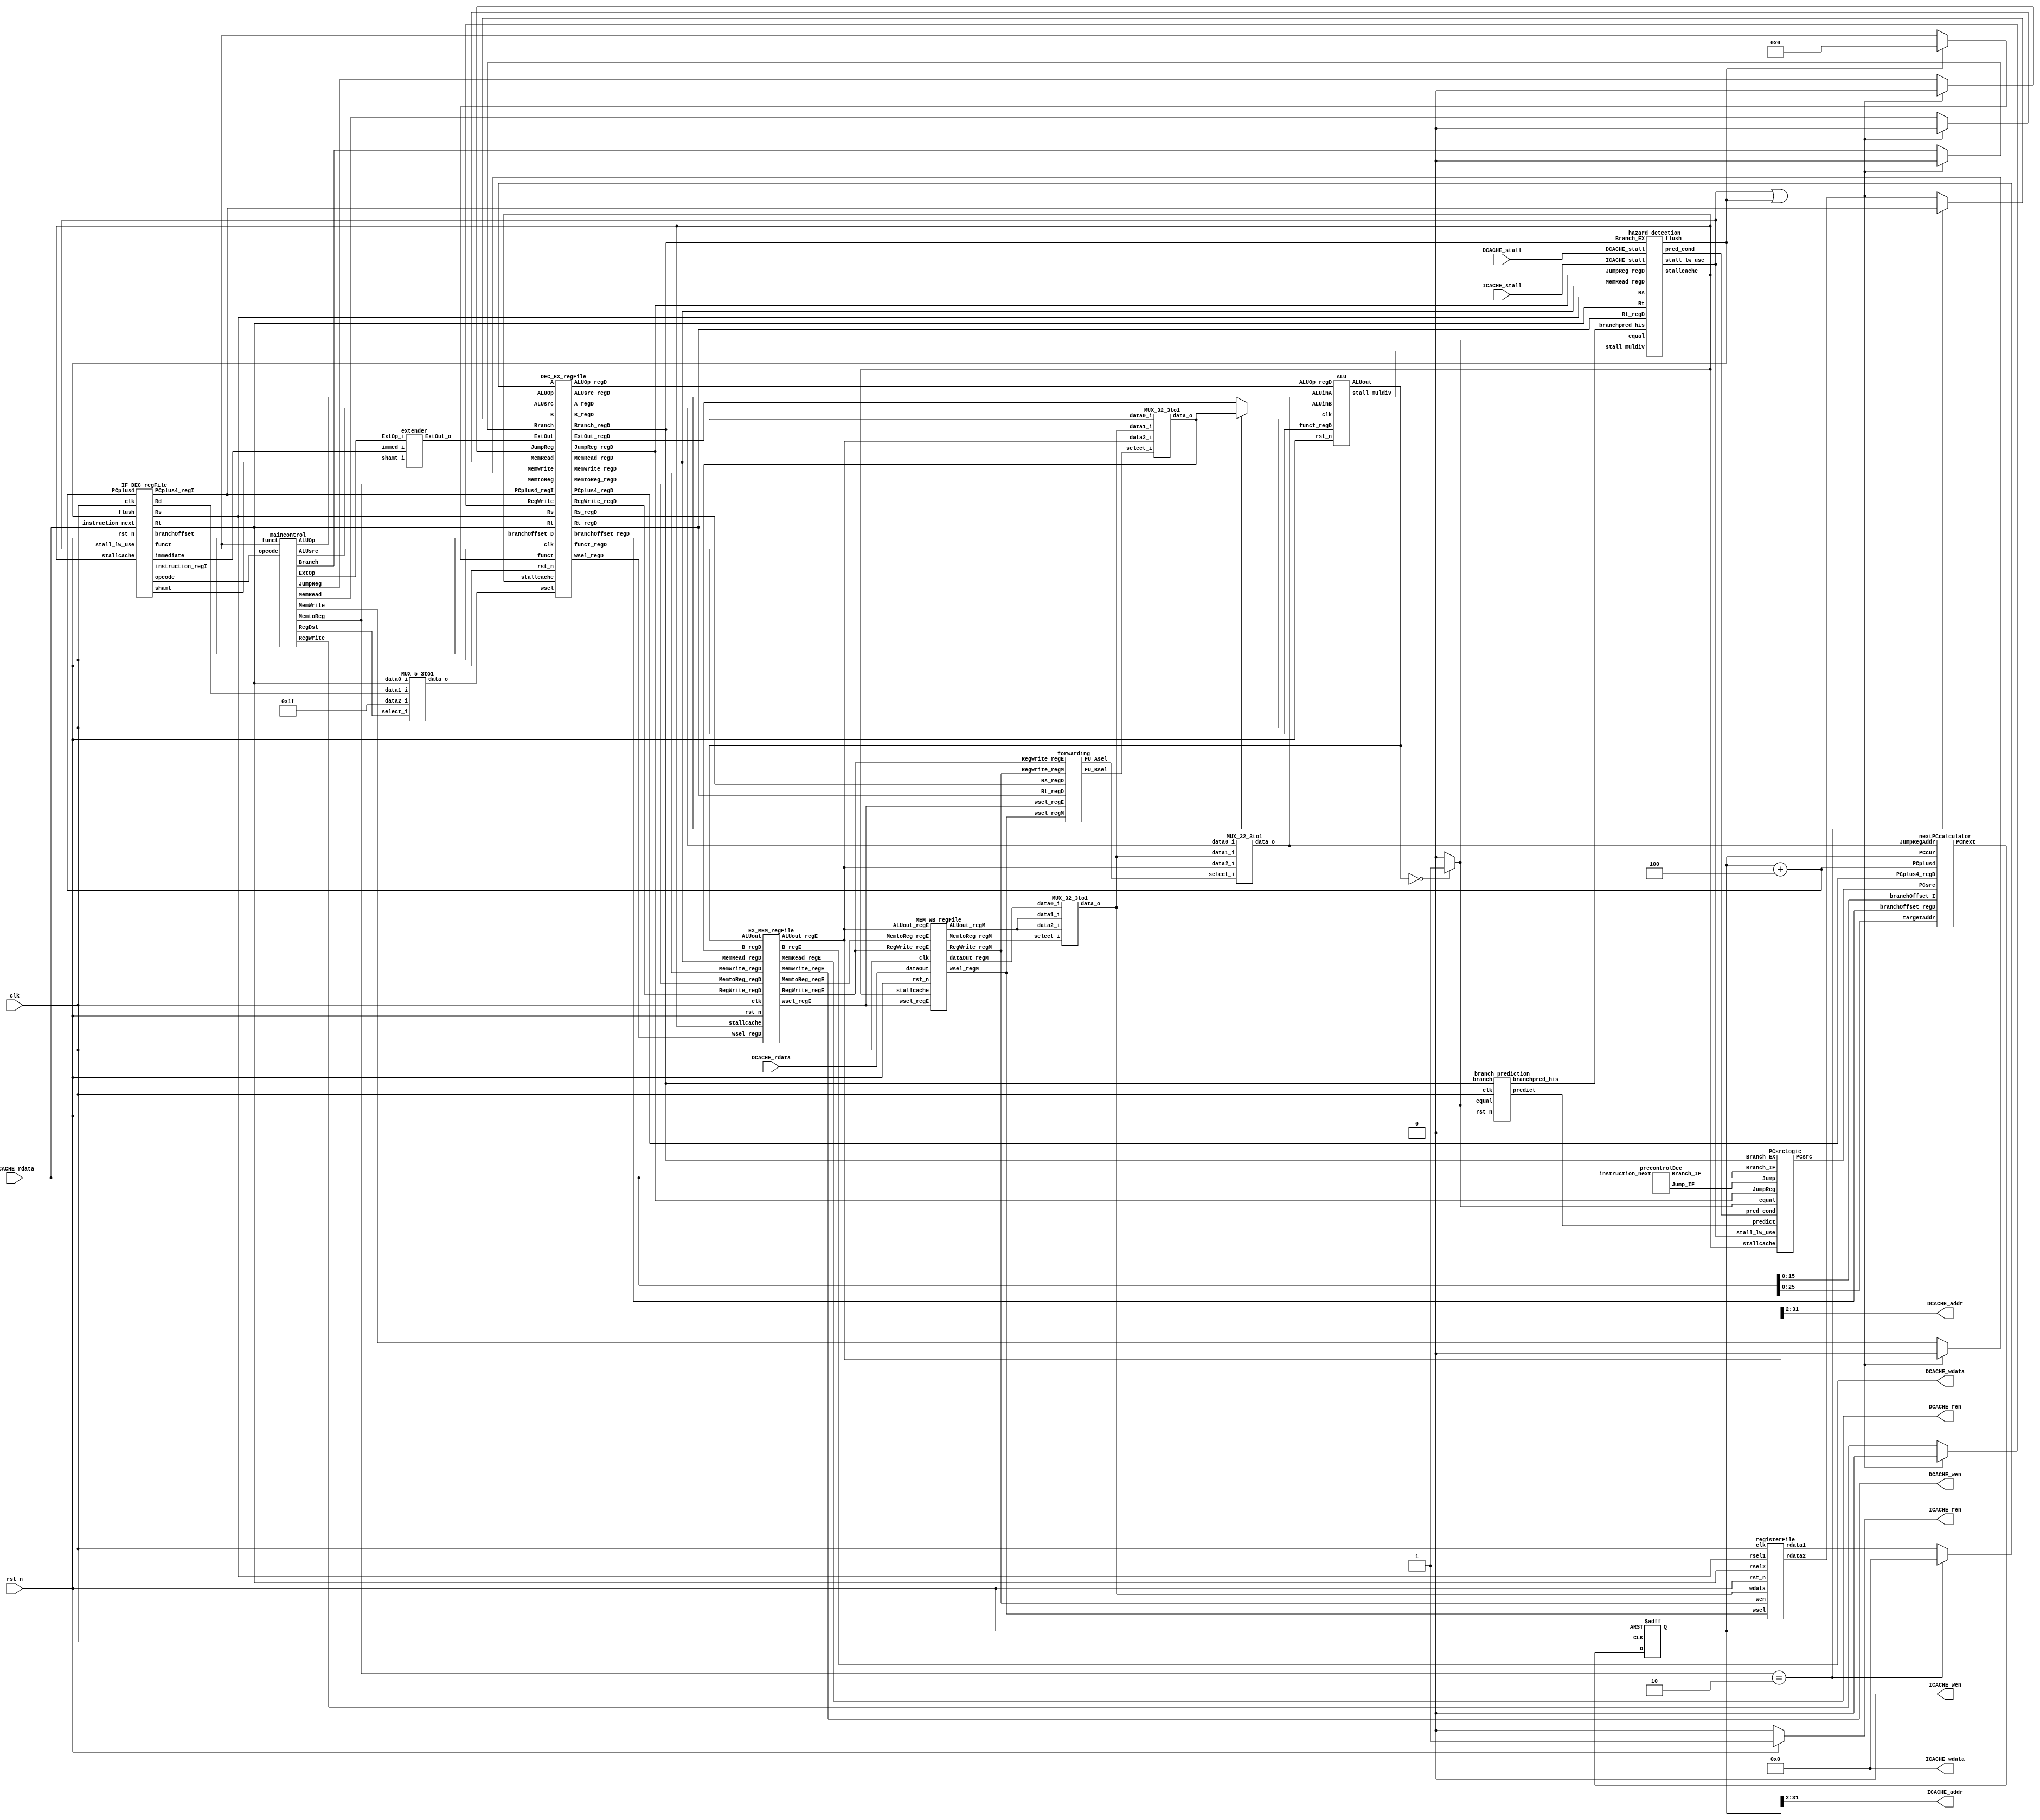
module MIPS_Pipeline(
    // control interface
    clk,
    rst_n,
//----------I cache interface-------
    ICACHE_ren,
    ICACHE_wen,
    ICACHE_addr,
    ICACHE_wdata,
    ICACHE_stall,
    ICACHE_rdata,
//----------D cache interface-------
    DCACHE_ren,
    DCACHE_wen,
    DCACHE_addr,
    DCACHE_wdata,
    DCACHE_stall,
    DCACHE_rdata
);

//==== input/output definition ============================
    input clk, rst_n;

    // I-cache interface
    input  [31:0] ICACHE_rdata;
    input         ICACHE_stall;
    output        ICACHE_wen;
    output        ICACHE_ren;
    output [29:0] ICACHE_addr;
    output [31:0] ICACHE_wdata;

    // D-cache interface
    input  [31:0] DCACHE_rdata;
    input         DCACHE_stall;
    output        DCACHE_wen;
    output        DCACHE_ren;
    output [29:0] DCACHE_addr;
    output [31:0] DCACHE_wdata;

//==== wire/reg definition ================================
    // PC part
    wire   [31:0] PCplus4;
    wire   [31:0] PCnext;
    wire   [31:0] PCcur;
    reg    [31:0] PCreg;
    wire    [2:0] PCsrc;

    // IF_DEC_regFile
    wire   [31:0] instruction_next;
    wire   [31:0] PCplus4_regI;
        // instruction decode
    wire    [4:0] Rs, Rt, Rd, shamt;
    wire    [5:0] opcode, funct;
    wire   [15:0] branchOffset_D;
    wire   [15:0] immediate;
    wire   [31:0] instruction_regI;
    wire    [5:0] funct_m;

    // DEC_EX_regFile
    wire          ALUsrc_regD;
    wire          MemWrite_regD, MemRead_regD, RegWrite_regD, JumpReg_regD;
    wire          Branch_regD;
    wire    [1:0] MemtoReg_regD;
    wire    [5:0] ALUOp_regD;
    wire    [4:0] Rs_regD, Rt_regD, wsel_regD;
    wire    [5:0] funct_regD;
    wire   [31:0] A_regD, B_regD, ExtOut_regD;
    wire   [31:0] PCplus4_regD;
    wire   [15:0] branchOffset_regD;

    // EX_MEM_regFile
    wire          RegWrite_regE, MemRead_regE, MemWrite_regE;
    wire    [1:0] MemtoReg_regE;
    wire    [4:0] wsel_regE;
    wire   [31:0] ALUout_regE, B_regE;

    // MEM_WB_regFile
    wire          RegWrite_regM;
    wire    [1:0] MemtoReg_regM;
    wire    [4:0] wsel_regM;
    wire   [31:0] ALUout_regM, dataOut_regM;

    // Control
    // although MemtoReg, ALUOp and ALUsrc will pass to next stahe,
    // it won't influence data in cache. => no need to insert 0
    wire    [1:0] RegDst, MemtoReg;
    wire    [5:0] ALUOp;
    wire          ExtOp, ALUsrc;
    wire          Branch_DEC, Branch_DEC_m, JumpReg, JumpReg_m;
    wire          MemRead, MemRead_m, MemWrite, MemWrite_m, RegWrite, RegWrite_m;

    // registerFile
    wire   [31:0] REG_A, REG_B;
    wire   [31:0] A, B;
    wire   [31:0] WriteData;    // from the MUX_wdata

    wire    [4:0] wsel; // write target register @ wsel_MUX

    // extender
    wire   [31:0] ExtOut;

    // ALU & ALUcontrol unit
    wire   [31:0] A_f, B_f; //use ALU to do 0 + PCplus4
    wire    [3:0] ALUctrl;  //from ALUcontrol unit
    wire   [31:0] ALUinA, ALUinB, tempALUinB;
    wire   [31:0] ALUout;

    // forwarding unit
    wire    [1:0] FU_Asel, FU_Bsel;

    // hazard_detection
    wire          stall_lw_use, stallcache;
    wire          flush;
    wire          pred_cond;
    wire          stall_muldiv;

    // branch_prediction
    wire          predict;
    wire          branchpred_his;

    // pre-control decode at IF
    wire          Jump_IF;
    wire          Branch_IF;
    wire   [15:0] branchOffset_I;
    wire   [25:0] targetAddr;

    // judge at the EX stage
    wire          equal;

    // DCACHE readdata
    wire   [31:0] dataOut;

//==== submodule declaration ==============================
    IF_DEC_regFile i_IF_DEC_regFile(
        .clk(clk),
        .rst_n(rst_n),
        .flush(flush),
        .stallcache(stallcache),
        .stall_lw_use(stall_lw_use),
        .instruction_next(instruction_next),
        .PCplus4(PCplus4),
        .branchOffset(branchOffset_D),
        .opcode(opcode),
        .Rs(Rs),
        .Rt(Rt),
        .Rd(Rd),
        .shamt(shamt),
        .funct(funct),
        .immediate(immediate),
        .instruction_regI(instruction_regI),
        .PCplus4_regI(PCplus4_regI)
    );

    DEC_EX_regFile i_DEC_EX_regFile(
        .clk(clk),
        .rst_n(rst_n),
        .stallcache(stallcache),
        .MemtoReg(MemtoReg),
        .ALUOp(ALUOp),
        .JumpReg(JumpReg_m),       // add for jr and jalr forwarding
        .MemRead(MemRead_m),     // may stall by lw-use hazard
        .MemWrite(MemWrite_m),   // may stall by lw-use hazard
        .ALUsrc(ALUsrc),
        .RegWrite(RegWrite_m),   // may stall by lw-use hazard
        .Branch(Branch_DEC_m),
        .PCplus4_regI(PCplus4_regI),
        .funct(funct_m),
        .branchOffset_D(branchOffset_D),
        .A(A_f),
        .B(B_f),
        .ExtOut(ExtOut),
        .Rs(Rs),
        .Rt(Rt),
        .wsel(wsel),
        .MemtoReg_regD(MemtoReg_regD),
        .ALUOp_regD(ALUOp_regD),
        .MemRead_regD(MemRead_regD),
        .MemWrite_regD(MemWrite_regD),
        .ALUsrc_regD(ALUsrc_regD),
        .RegWrite_regD(RegWrite_regD),
        .funct_regD(funct_regD),
        .A_regD(A_regD),
        .B_regD(B_regD),
        .ExtOut_regD(ExtOut_regD),
        .Rs_regD(Rs_regD),
        .Rt_regD(Rt_regD),
        .wsel_regD(wsel_regD),
        .JumpReg_regD(JumpReg_regD),  // add for jr and jalr forwarding
        .Branch_regD(Branch_regD),
        .PCplus4_regD(PCplus4_regD),
        .branchOffset_regD(branchOffset_regD)
    );

    EX_MEM_regFile i_EX_MEM_regFile(
        .clk(clk),
        .rst_n(rst_n),
        .stallcache(stallcache),
        .MemtoReg_regD(MemtoReg_regD),
        .MemRead_regD(MemRead_regD),
        .MemWrite_regD(MemWrite_regD),
        .RegWrite_regD(RegWrite_regD),
        .B_regD(tempALUinB),
        .wsel_regD(wsel_regD),
        .ALUout(ALUout),
        .MemtoReg_regE(MemtoReg_regE),
        .MemRead_regE(MemRead_regE),
        .MemWrite_regE(MemWrite_regE),
        .RegWrite_regE(RegWrite_regE),
        .B_regE(B_regE),
        .wsel_regE(wsel_regE),
        .ALUout_regE(ALUout_regE)
    );

    MEM_WB_regFile i_MEM_WB_regFile(
        .clk(clk),
        .rst_n(rst_n),
        .stallcache(stallcache),
        .MemtoReg_regE(MemtoReg_regE),
        .RegWrite_regE(RegWrite_regE),
        .ALUout_regE(ALUout_regE),
        .wsel_regE(wsel_regE),
        .dataOut(DCACHE_rdata),
        .MemtoReg_regM(MemtoReg_regM),
        .RegWrite_regM(RegWrite_regM),
        .ALUout_regM(ALUout_regM),
        .wsel_regM(wsel_regM),
        .dataOut_regM(dataOut_regM)
    );

    maincontrol i_maincontrol(
        .opcode(opcode),
        .funct(funct),
        .RegDst(RegDst),
        .MemtoReg(MemtoReg),
        .ALUOp(ALUOp),
        .Branch(Branch_DEC),
        .MemRead(MemRead),
        .MemWrite(MemWrite),
        .ALUsrc(ALUsrc),
        .RegWrite(RegWrite),
        .JumpReg(JumpReg),
        .ExtOp(ExtOp)
    );

    registerFile i_registrefFile(
        .clk(clk),
        .rst_n(rst_n),
        .rsel1(Rs),
        .rsel2(Rt),
        .wsel(wsel_regM),
        .wen(RegWrite_regM),
        .wdata(WriteData),
        .rdata1(A),
        .rdata2(B)
    );

    extender i_extender(
        .shamt_i(shamt),
        .immed_i(immediate),
        .ExtOp_i(ExtOp),
        .ExtOut_o(ExtOut)
    );

    MUX_5_3to1 MUX_wsel(
        .data0_i(Rt),
        .data1_i(Rd),
        .data2_i(5'd31),
        .select_i(RegDst),
        .data_o(wsel)
    );

    MUX_32_3to1 MUX_WriteData(
        .data0_i(dataOut_regM),
        .data1_i(ALUout_regM),
        .data2_i(ALUout_regM),
        .select_i(MemtoReg_regM),
        .data_o(WriteData)
    );

    MUX_32_3to1 MUX_ALUinA(
        .data0_i(A_regD),
        .data1_i(WriteData),
        .data2_i(ALUout_regE),
        .select_i(FU_Asel),
        .data_o(ALUinA)
    );

    MUX_32_3to1 MUX_ALUinB(
        .data0_i(B_regD),
        .data1_i(WriteData),
        .data2_i(ALUout_regE),
        .select_i(FU_Bsel),
        .data_o(tempALUinB)
    );

    forwarding i_forwarding(
        .Rs_regD(Rs_regD),
        .Rt_regD(Rt_regD),
        .RegWrite_regE(RegWrite_regE),
        .wsel_regE(wsel_regE),
        .RegWrite_regM(RegWrite_regM),
        .wsel_regM(wsel_regM),
        .FU_Asel(FU_Asel),
        .FU_Bsel(FU_Bsel)
    );

    hazard_detection i_hazard_detection(
        .Branch_EX(Branch_regD),
        .equal(equal),
        .branchpred_his(branchpred_his),
        .JumpReg_regD(JumpReg_regD),
        .MemRead_regD(MemRead_regD),
        .Rt_regD(Rt_regD),
        .Rs(Rs),
        .Rt(Rt),
        .ICACHE_stall(ICACHE_stall),
        .DCACHE_stall(DCACHE_stall),
        .stall_lw_use(stall_lw_use),
        .stallcache(stallcache),
        .flush(flush),
        .pred_cond(pred_cond),
        .stall_muldiv(stall_muldiv)
    );

    branch_prediction i_branch_prediction(
        .clk(clk),
        .rst_n(rst_n),
        .branch(Branch_regD),
        .equal(equal),
        .predict(predict),
        .branchpred_his(branchpred_his)
    );

    /*precontrolDec i_precontrolDec(
        .op_next(instruction_next[31:26]),
        .Jump_IF(Jump_IF),
        .Branch_IF(Branch_IF)
    );*/

    precontrolDec i_precontrolDec(
        .instruction_next(instruction_next),
        .Jump_IF(Jump_IF),
        .Branch_IF(Branch_IF)
    );


    nextPCcalculator i_nextPCcalculator(
        .PCcur(PCcur),
        .PCplus4(PCplus4),
        .PCplus4_regD(PCplus4_regD),
        .targetAddr(targetAddr),
        .branchOffset_I(branchOffset_I),
        .branchOffset_regD(branchOffset_regD),
        .JumpRegAddr(ALUinA),
        .PCsrc(PCsrc),
        .PCnext(PCnext)
    );

    PCsrcLogic i_PCsrcLogic(
        .pred_cond(pred_cond),
        .Branch_EX(Branch_regD),
        .Branch_IF(Branch_IF),
        .equal(equal),
        .Jump(Jump_IF),
        .JumpReg(JumpReg_regD),
        .predict(predict),
        .stallcache(stallcache),
        .stall_lw_use(stall_lw_use),
        .PCsrc(PCsrc)
    );

    ALU i_ALU(
        .clk(clk),
        .rst_n(rst_n),
        .ALUOp_regD(ALUOp_regD),
    	.funct_regD(funct_regD),
    	.ALUinA(ALUinA),
    	.ALUinB(ALUinB),
    	.ALUout(ALUout),
        .stall_muldiv(stall_muldiv)
	);


//==== combinational circuits =============================
    // ICACHE I/O
    assign instruction_next = ICACHE_rdata;
    assign ICACHE_wen = 0;
    assign ICACHE_ren = rst_n ? 1 : 0;
    assign ICACHE_addr = PCcur[31:2];
    assign ICACHE_wdata = 32'd0;

    // DCACHE I/O
    assign dataOut = DCACHE_rdata;
    assign DCACHE_ren = MemRead_regE;
    assign DCACHE_wen = MemWrite_regE;
    assign DCACHE_addr = ALUout_regE[31:2];
    assign DCACHE_wdata = B_regE;

    // lw-use hazard or wrong branch_prediction or jumpreg
    // need to do NOP to the DEC/EX stage flip-flops
    assign MemRead_m  = (stall_lw_use | flush) ? 1'd0 : MemRead;
    assign MemWrite_m = (stall_lw_use | flush) ? 1'd0 : MemWrite;
    assign RegWrite_m = (stall_lw_use | flush) ? 1'd0 : RegWrite;
    assign Branch_DEC_m = (stall_lw_use | flush) ? 1'd0 : Branch_DEC;
    assign JumpReg_m = (stall_lw_use | flush) ? 1'd0 : JumpReg;
    assign funct_m = flush ? 6'd0 : funct;

    // ALU related
        // use ALUout to store PCplus4
    assign A_f = (MemtoReg == 2'b10) ? 0 : A;
    assign B_f = (MemtoReg == 2'b10) ? PCplus4_regI : B;
        // R-type or I-type
    assign ALUinB = ALUsrc_regD ? tempALUinB : ExtOut_regD;

    // PC-related
    assign PCcur = PCreg;
    assign PCplus4 = PCcur + 32'd4;

    // Judge equal at the EX stage
    assign equal = (ALUout == 32'd0) ? 1 : 0;

    // do jump and branch_prediction at the IF stage
    assign branchOffset_I = instruction_next[15:0];
    assign targetAddr = instruction_next[25:0];

//==== synchronous circuits ===============================
    always @(posedge clk or negedge rst_n) begin
        if (~rst_n) begin
            // reset
            PCreg <= 0;
        end
        else begin
            PCreg <= PCnext;
        end
    end

endmodule

//==== IF/DEC pipline register file ============================================
module IF_DEC_regFile(
    clk,
    rst_n,
    flush,             // jr or wrong branch predict
    stallcache,        // cache stall
    stall_lw_use,      // lw-use hazard
    instruction_next,  // instruction from PC
    PCplus4,           // for jal
    branchOffset,      // branch address offset
    opcode,
    Rs,
    Rt,
    Rd,
    shamt,
    funct,
    immediate,
    instruction_regI,      // current instruction in DEC
    PCplus4_regI
);
//==== input/output definition ============================
    input           clk, rst_n, flush, stallcache, stall_lw_use;
    input    [31:0] instruction_next;   // instruction from PC
    input    [31:0] PCplus4;
    output   [15:0] branchOffset;       // branch address offset
    output    [5:0] opcode;
    output    [4:0] Rs;
    output    [4:0] Rt;
    output    [4:0] Rd;
    output    [4:0] shamt;
    output    [5:0] funct;
    output   [15:0] immediate;
    output   [31:0] instruction_regI;     // current instruction in DEC
    output   [31:0] PCplus4_regI;

//==== wire/reg definition =================================
    reg      [31:0] instruction_regI;
    reg      [31:0] PCplus4_regI;
    reg      [31:0] IR_next;
    reg	     [31:0] PC_next;

//==== combinational circuits =============================
    always @(*) begin
    	IR_next = instruction_regI;
    	PC_next = PCplus4_regI;

    	if (~stallcache & ~stall_lw_use) begin
	      IR_next = instruction_next;
	      PC_next = PCplus4;
      end
    end

//==== synchronous circuits ================================
    always@( posedge clk or negedge rst_n )
	begin
        // active low asynchronous reset
        if( ~rst_n )begin
            instruction_regI <= 32'd0;
            PCplus4_regI <= 32'd0;
        end
        else
        begin
            if(flush)begin
                instruction_regI <= 32'd0;
                PCplus4_regI <= 32'd0;
            end
            else begin
            		instruction_regI <= IR_next;
                PCplus4_regI <= PC_next;
            end
        end
	end

//==== combinational circuits =============================
    assign branchOffset  = instruction_regI[15:0];
    assign opcode        = instruction_regI[31:26];
    assign Rs            = instruction_regI[25:21];
    assign Rt            = instruction_regI[20:16];
    assign Rd            = instruction_regI[15:11];
    assign shamt         = instruction_regI[10:6];
    assign funct         = instruction_regI[5:0];
    assign immediate     = instruction_regI[15:0];

endmodule

//==== DEC/EX pipline register file ============================================
module DEC_EX_regFile(
    clk,
    rst_n,
    stallcache,
    MemtoReg,
    ALUOp,
    JumpReg,
    MemRead,
    MemWrite,
    ALUsrc,
    RegWrite,
    Branch,
    PCplus4_regI,
    funct,
    branchOffset_D,
    A,
    B,
    ExtOut,
    Rs,
    Rt,
    wsel,
    MemtoReg_regD,
    ALUOp_regD,
    MemRead_regD,
    MemWrite_regD,
    ALUsrc_regD,
    RegWrite_regD,
    funct_regD,
    A_regD,
    B_regD,
    ExtOut_regD,
    Rs_regD,
    Rt_regD,
    wsel_regD,
    JumpReg_regD,
    Branch_regD,
    PCplus4_regD,
    branchOffset_regD
);
//==== input/output definition ============================
    input          clk, rst_n, stallcache;
    input    [5:0] funct;
    input    [1:0] MemtoReg;
    input    [5:0] ALUOp;
    input          MemRead, MemWrite, RegWrite, JumpReg;
    input          ALUsrc;
    input          Branch;
    input   [31:0] A, B, ExtOut;
    input    [4:0] Rs, Rt, wsel;
    input   [31:0] PCplus4_regI;
    input   [15:0] branchOffset_D;

    output   [5:0] funct_regD;
    output   [1:0] MemtoReg_regD;
    output   [5:0] ALUOp_regD;
    output         MemRead_regD, MemWrite_regD, RegWrite_regD;
    output         ALUsrc_regD;
    output         Branch_regD;
    output  [31:0] A_regD, B_regD, ExtOut_regD;
    output   [4:0] Rs_regD, Rt_regD, wsel_regD;
    output         JumpReg_regD;
    output  [31:0] PCplus4_regD;
    output  [15:0] branchOffset_regD;
//==== wire/reg definition ================================
    reg      [5:0] funct_regD;
    reg      [1:0] MemtoReg_regD;
    reg      [5:0] ALUOp_regD;
    reg            MemRead_regD, MemWrite_regD, RegWrite_regD;
    reg            ALUsrc_regD;
    reg     [31:0] A_regD, B_regD, ExtOut_regD;
    reg      [4:0] Rs_regD, Rt_regD, wsel_regD;
    reg            JumpReg_regD;
    reg            Branch_regD;
    reg     [31:0] PCplus4_regD;
    reg     [15:0] branchOffset_regD;
    // wire
    reg      [5:0] funct_regD_next;
    reg      [1:0] MemtoReg_regD_next;
    reg      [5:0] ALUOp_regD_next;
    reg            MemRead_regD_next, MemWrite_regD_next, RegWrite_regD_next;
    reg            ALUsrc_regD_next;
    reg     [31:0] A_regD_next, B_regD_next, ExtOut_regD_next;
    reg      [4:0] Rs_regD_next, Rt_regD_next, wsel_regD_next;
    reg            JumpReg_regD_next;
    reg            Branch_regD_next;
    reg     [31:0] PCplus4_regD_next;
    reg     [15:0] branchOffset_regD_next;
//==== combinational circuit
    always @(*) begin
        if (stallcache) begin
            funct_regD_next        = funct_regD;
            MemtoReg_regD_next     = MemtoReg_regD;
            ALUOp_regD_next        = ALUOp_regD;
            MemRead_regD_next      = MemRead_regD;
            MemWrite_regD_next     = MemWrite_regD;
            RegWrite_regD_next     = RegWrite_regD;
            ALUsrc_regD_next       = ALUsrc_regD;
            A_regD_next            = A_regD;
            B_regD_next            = B_regD;
            ExtOut_regD_next       = ExtOut_regD;
            Rs_regD_next           = Rs_regD;
            Rt_regD_next           = Rt_regD;
            wsel_regD_next         = wsel_regD;
            JumpReg_regD_next      = JumpReg_regD;
            Branch_regD_next       = Branch_regD;
            PCplus4_regD_next      = PCplus4_regD;
            branchOffset_regD_next = branchOffset_regD;
        end
        else begin
            funct_regD_next        = funct;
            MemtoReg_regD_next     = MemtoReg;
            ALUOp_regD_next        = ALUOp;
            MemRead_regD_next      = MemRead;
            MemWrite_regD_next     = MemWrite;
            RegWrite_regD_next     = RegWrite;
            ALUsrc_regD_next       = ALUsrc;
            A_regD_next            = A;
            B_regD_next            = B;
            ExtOut_regD_next       = ExtOut;
            Rs_regD_next           = Rs;
            Rt_regD_next           = Rt;
            wsel_regD_next         = wsel;
            JumpReg_regD_next      = JumpReg;
            Branch_regD_next       = Branch;
            PCplus4_regD_next      = PCplus4_regI;
            branchOffset_regD_next = branchOffset_D;
        end
    end

//==== synchronous circuit
    always@( posedge clk or negedge rst_n )
    begin
        // active low asynchronous reset
        if( ~rst_n)begin
            funct_regD        <= 0;
            MemtoReg_regD     <= 0;
            ALUOp_regD        <= 0;
            MemRead_regD      <= 0;
            MemWrite_regD     <= 0;
            RegWrite_regD     <= 0;
            ALUsrc_regD       <= 0;
            A_regD            <= 0;
            B_regD            <= 0;
            ExtOut_regD       <= 0;
            Rs_regD           <= 0;
            Rt_regD           <= 0;
            wsel_regD         <= 0;
            JumpReg_regD      <= 0;
            Branch_regD       <= 0;
            PCplus4_regD      <= 0;
            branchOffset_regD <= 0;
        end
        else begin
            funct_regD        <= funct_regD_next   ;
            MemtoReg_regD     <= MemtoReg_regD_next;
            ALUOp_regD        <= ALUOp_regD_next   ;
            MemRead_regD      <= MemRead_regD_next ;
            MemWrite_regD     <= MemWrite_regD_next;
            RegWrite_regD     <= RegWrite_regD_next;
            ALUsrc_regD       <= ALUsrc_regD_next  ;
            A_regD            <= A_regD_next       ;
            B_regD            <= B_regD_next       ;
            ExtOut_regD       <= ExtOut_regD_next  ;
            Rs_regD           <= Rs_regD_next      ;
            Rt_regD           <= Rt_regD_next      ;
            wsel_regD         <= wsel_regD_next    ;
            JumpReg_regD      <= JumpReg_regD_next ;
            Branch_regD       <= Branch_regD_next  ;
            PCplus4_regD      <= PCplus4_regD_next ;
            branchOffset_regD <= branchOffset_regD_next;
        end
    end

endmodule

//==== EX/MEM pipline register file ============================================
module EX_MEM_regFile(
    clk,
    rst_n,
    stallcache,
    MemtoReg_regD,
    MemRead_regD,
    MemWrite_regD,
    RegWrite_regD,
    B_regD,
    wsel_regD,
    ALUout,
    MemtoReg_regE,
    MemRead_regE,
    MemWrite_regE,
    RegWrite_regE,
    B_regE,
    wsel_regE,
    ALUout_regE
);
//==== input/output definition ============================
    input         clk, rst_n, stallcache;
    input   [1:0] MemtoReg_regD;
    input         MemRead_regD, MemWrite_regD, RegWrite_regD;
    input  [31:0] B_regD, ALUout;
    input   [4:0] wsel_regD;

    output  [1:0] MemtoReg_regE;
    output        MemRead_regE, MemWrite_regE, RegWrite_regE;
    output [31:0] B_regE, ALUout_regE;
    output  [4:0] wsel_regE;

//==== wire/reg definition ================================
    reg     [1:0] MemtoReg_regE_next;
    reg           MemRead_regE_next, MemWrite_regE_next, RegWrite_regE_next;
    reg    [31:0] B_regE_next, ALUout_regE_next;
    reg     [4:0] wsel_regE_next;
    reg     [1:0] MemtoReg_regE;
    reg           MemRead_regE, MemWrite_regE, RegWrite_regE;
    reg    [31:0] B_regE, ALUout_regE;
    reg     [4:0] wsel_regE;
//==== combinational circuit
    always @(*) begin
        if (stallcache) begin
            MemtoReg_regE_next = MemtoReg_regE;
            MemRead_regE_next  = MemRead_regE;
            MemWrite_regE_next = MemWrite_regE;
            RegWrite_regE_next = RegWrite_regE;
            B_regE_next        = B_regE;
            ALUout_regE_next   = ALUout_regE;
            wsel_regE_next     = wsel_regE;
        end
        else begin
            MemtoReg_regE_next = MemtoReg_regD;
            MemRead_regE_next  = MemRead_regD;
            MemWrite_regE_next = MemWrite_regD;
            RegWrite_regE_next = RegWrite_regD;
            B_regE_next        = B_regD;
            ALUout_regE_next   = ALUout;
            wsel_regE_next     = wsel_regD;
        end
    end

//==== synchronous circuit
    always@( posedge clk or negedge rst_n )
    begin
        // active low asynchronous reset
        if( ~rst_n )begin
            MemtoReg_regE <= 0;
            MemRead_regE  <= 0;
            MemWrite_regE <= 0;
            RegWrite_regE <= 0;
            B_regE        <= 0;
            ALUout_regE   <= 0;
            wsel_regE     <= 0;
        end
        else begin
            MemtoReg_regE <=  MemtoReg_regE_next;
            MemRead_regE  <=  MemRead_regE_next;
            MemWrite_regE <=  MemWrite_regE_next;
            RegWrite_regE <=  RegWrite_regE_next;
            B_regE        <=  B_regE_next;
            ALUout_regE   <=  ALUout_regE_next;
            wsel_regE     <=  wsel_regE_next;
        end
    end


endmodule

//==== MEM/WB pipline register file ============================================
module MEM_WB_regFile(
    clk,
    rst_n,
    stallcache,
    MemtoReg_regE,
    RegWrite_regE,
    ALUout_regE,
    wsel_regE,
    dataOut,
    MemtoReg_regM,
    RegWrite_regM,
    ALUout_regM,
    wsel_regM,
    dataOut_regM
);
//==== input/output definition ============================
    input         clk, rst_n, stallcache;
    input   [1:0] MemtoReg_regE;
    input         RegWrite_regE;
    input  [31:0] ALUout_regE, dataOut;
    input   [4:0] wsel_regE;

    output  [1:0] MemtoReg_regM;
    output        RegWrite_regM;
    output [31:0] ALUout_regM, dataOut_regM;
    output  [4:0] wsel_regM;

//==== wire/reg definition ================================

    reg     [1:0] MemtoReg_regM;
    reg           RegWrite_regM;
    reg    [31:0] ALUout_regM, dataOut_regM;
    reg     [4:0] wsel_regM;
    reg     [1:0] MemtoReg_regM_next;
    reg           RegWrite_regM_next;
    reg    [31:0] ALUout_regM_next, dataOut_regM_next;
    reg     [4:0] wsel_regM_next;

//==== combinational circuit
    always @(*) begin
        if (stallcache) begin
            MemtoReg_regM_next  = MemtoReg_regM;
            RegWrite_regM_next  = RegWrite_regM;
            ALUout_regM_next    = ALUout_regM;
            dataOut_regM_next   = dataOut_regM;
            wsel_regM_next      = wsel_regM;
        end
        else begin
            MemtoReg_regM_next  = MemtoReg_regE;
            RegWrite_regM_next  = RegWrite_regE;
            ALUout_regM_next    = ALUout_regE;
            dataOut_regM_next   = dataOut;
            wsel_regM_next      = wsel_regE;
        end
    end

//==== synchronous circuit
    always@( posedge clk or negedge rst_n )
    begin
        // active low asynchronous reset
        if( ~rst_n )begin
             MemtoReg_regM <= 0;
             RegWrite_regM <= 0;
             ALUout_regM   <= 0;
             dataOut_regM  <= 0;
             wsel_regM     <= 0;
        end
        else begin
             MemtoReg_regM <= MemtoReg_regM_next;
             RegWrite_regM <= RegWrite_regM_next;
             ALUout_regM   <= ALUout_regM_next;
             dataOut_regM  <= dataOut_regM_next;
             wsel_regM     <= wsel_regM_next;
        end
    end

endmodule

//==== read/write data from 32 registers =======================================
module registerFile(
    clk,
    rst_n,
    rsel1,
    rsel2,
    wsel,
    wen,
    wdata,
    rdata1,
    rdata2
);
//==== input/output definition ============================
    input         clk, rst_n;
    input   [4:0] rsel1,rsel2;
    input   [4:0] wsel;
    input         wen;
    input  [31:0] wdata;
    output [31:0] rdata1, rdata2;

//==== wire/reg definition ================================
    reg    [31:0] register[31:0];
    integer i;

//==== combinational circuit
    assign rdata1 = (wen & (rsel1 == wsel) & (rsel1 != 5'd0)) ? wdata : register[rsel1];
    assign rdata2 = (wen & (rsel2 == wsel) & (rsel2 != 5'd0)) ? wdata : register[rsel2];

//==== synchronous circuit
    always@( posedge clk or negedge rst_n )
	begin
        // active low asynchronous reset
        if( ~rst_n )begin
            for(i=0; i<32; i=i+1)begin
                register[i] <= 32'd0;
            end
        end
        else begin
            if(wen)begin
                register[wsel] <= wdata;
            end
            register[0] <= 32'd0;
        end
	end

endmodule

//==== control signal for all instructions =====================================
module maincontrol(
    opcode,
    funct,
    RegDst,
    MemtoReg,
    ALUOp,
    Branch,
    MemRead,
    MemWrite,
    ALUsrc,
    RegWrite,
    JumpReg,
    ExtOp
);

//==== in/out declaration =================================
    input    [5:0] opcode;
    input    [5:0] funct;
    output   [1:0] RegDst, MemtoReg;
    output   [5:0] ALUOp;          // 4 bits at ref figure, I don't know how many bitswe need--> I use 6 bits to transfer opcode directly.
                                   // ALUOp(0000 is default for NOP)
    output         Branch, ExtOp;  // 2 bits at ref figure, but I think we only need 1 bit
    output         MemRead, MemWrite, ALUsrc, RegWrite, JumpReg;


//==== wire/reg definition ================================
    reg  [1:0] RegDst, MemtoReg;
    reg  [5:0] ALUOp;
    reg        Branch, ExtOp;
    reg        MemRead, MemWrite, ALUsrc, RegWrite, JumpReg;
//==== combinational circuit ==============================
	always@(*) begin
		RegDst   = 2'b01;
		MemtoReg = 2'b01;
		ALUOp    = opcode;
		ExtOp    = 1;
		ALUsrc   = 1;
		RegWrite = 0;

		Branch   = 0;
		MemRead  = 0;
		MemWrite = 0;
		JumpReg  = 0;

		case(opcode)
		//===== R-type ===============
        	6'b000000: begin
        		RegDst   = 2'b01;
        		MemtoReg = 2'b01;
        		ALUOp    = opcode;
        		ExtOp    = 1;
        		ALUsrc   = 1;
        		RegWrite = 1;
                // sll || sra || srl
        		if (funct == 6'b000000 || funct == 6'b000011 || funct == 6'b000010) begin
        			ALUsrc = 0;
        		end
                //jalr
        		else if (funct == 6'b001001) begin
        			MemtoReg = 2'b10;
				    JumpReg  = 1;
        		end
                //jr
			    else if (funct == 6'b001000) begin
        			JumpReg = 1;
			    end
       		end
        //===== I-type ===============
        	6'b001000: begin // addi
        		RegDst   = 2'b00;
        		MemtoReg = 2'b01;
        		ALUOp    = opcode;
        		ExtOp    = 0;
        		ALUsrc   = 0;
        		RegWrite = 1;
        	end
        	6'b001100: begin // andi
        		RegDst   = 2'b00;
        		MemtoReg = 2'b01;
        		ALUOp    = opcode;
        		ExtOp    = 0;
        		ALUsrc   = 0;
        		RegWrite = 1;
        	end
        	6'b001101: begin // ori
        		RegDst   = 2'b00;
        		MemtoReg = 2'b01;
        		ALUOp    = opcode;
        		ExtOp    = 0;
        		ALUsrc   = 0;
        		RegWrite = 1;
        	end
        	6'b001110: begin // xori
        		RegDst   = 2'b00;
        		MemtoReg = 2'b01;
        		ALUOp    = opcode;
        		ExtOp    = 0;
        		ALUsrc   = 0;
        		RegWrite = 1;
        	end
        	6'b001010: begin // slti
        		RegDst   = 2'b00;
        		MemtoReg = 2'b01;
        		ALUOp    = opcode;
        		ExtOp    = 0;
        		ALUsrc   = 0;
        		RegWrite = 1;
        	end
        	6'b100011: begin // lw
        		RegDst   = 2'b00;
        		MemtoReg = 2'b00;
        		ALUOp    = opcode;
        		ExtOp    = 0;
        		ALUsrc   = 0;
        		RegWrite = 1;
         		MemRead = 1;
        	end
        	6'b101011: begin // sw
        		RegDst   = 2'b00;
        		MemtoReg = 2'b00;
        		ALUOp    = opcode;
        		ExtOp    = 0;
        		ALUsrc   = 0;
        		RegWrite = 0;
            	MemWrite = 1;
        	end
       		6'b000100: begin //beq
        		RegDst   = 2'b00;
        		MemtoReg = 2'b01;
        		ALUOp    = opcode;
        		ExtOp    = 0;
        		ALUsrc   = 1;
        		RegWrite = 0;
       			Branch   = 1;
       		end
        //===== J-type ===============
        	6'b000010: begin // j
          		RegDst   = 2'b00;
        		MemtoReg = 2'b01;
        		ALUOp    = opcode;
        		ExtOp    = 0;
        		ALUsrc   = 0;
        		RegWrite = 0;
       		end
       		6'b000011: begin // jal
        		RegDst   = 2'b10;
        		MemtoReg = 2'b10;
        		ALUOp    = opcode;
        		ExtOp    = 0;
        		ALUsrc   = 1;
        		RegWrite = 1;
        	end
			default: begin
				RegDst   = 2'b01;
				MemtoReg = 2'b01;
				ALUOp    = opcode;
				ExtOp    = 1;
				ALUsrc   = 1;
				RegWrite = 0;

				Branch   = 0;
				MemRead  = 0;
				MemWrite = 0;
				JumpReg  = 0;
			end
    	endcase
	end
endmodule
/*
//==== pre-control decode at IF ================================================
module precontrolDec(
    op_next,
    Jump_IF,
    Branch_IF
);

//==== in/out declaration =================================
    input    [5:0] op_next;
    output         Branch_IF, Jump_IF;

//==== wire/reg definition ================================
    reg  Jump_IF;
    reg  Branch_IF;

//==== combinational circuit ==============================
	always@(*) begin
		Jump_IF = 0;
		Branch_IF = 0;
		if (op_next == 6'b000010 || op_next == 6'b000011) begin // J & JAL
			Jump_IF = 1;
		end else if (op_next == 6'b000100) begin // beq
			Branch_IF = 1;
		end
	end
endmodule*/

//==== pre-control decode at IF ================================================
module precontrolDec(
    instruction_next,
    Jump_IF,
    Branch_IF
);

//==== in/out declaration =================================
    input   [31:0] instruction_next;
    output         Branch_IF, Jump_IF;

//==== wire/reg definition ================================
    reg  Jump_IF;
    reg  Branch_IF;

//==== combinational circuit ==============================
	always@(*) begin
		Jump_IF = 0;
		Branch_IF = 0;
		if (instruction_next[31:26] == 6'b000010 || instruction_next[31:26] == 6'b000011) begin // J & JAL
			Jump_IF = 1;
		end else if (instruction_next[31:26] == 6'b000100) begin // beq
			Branch_IF = 1;
		end
	end
endmodule

//==== I-type immediate or shift amount ========================================
module extender(
    shamt_i,
    immed_i,
    ExtOp_i,
    ExtOut_o
);
//==== input/output definition ============================
    input   [15:0]  immed_i;
    input    [4:0]  shamt_i;
    input           ExtOp_i;
    output  [31:0]  ExtOut_o;

    assign ExtOut_o = ExtOp_i ? { {27{shamt_i[4]}} , shamt_i }
                            : {{16{immed_i[15]}} , immed_i };
endmodule
//==== arithmetic calculation unit -- Extension: MUL/DIV =======================
//(1) need 1 extra output: stall_muldiv
//(2) need 2 extra input: clk, rst_n
//(3) need 1 7-bit reg for state, 2 1-bit reg for signed bit
//(4) need 2 32-bit reg for results, 1 32-bit reg for multiplier/devisor
//(5) mult: op/funct = 0/24 ; div: op/funct = 0/26
//(6) mfhi: op/funct = 0/16 ; mflo: op/funct = 0/18
module ALU(
	clk,
	rst_n,
	ALUOp_regD,
    funct_regD,
    ALUinA,
    ALUinB,
    ALUout,
	stall_muldiv
);
//==== input/output definition ============================
    input   [5:0] funct_regD;
    input   [5:0] ALUOp_regD;
    input  [31:0] ALUinA, ALUinB;
    output [31:0] ALUout;
	// I/O for Extension
	input         clk, rst_n;
	output        stall_muldiv;

//==== wire/reg definition ================================
    reg  [31:0] ALUout;
	// for Extension
	reg   [6:0] state, state_next;
	reg  [31:0] reg_hi, reg_hi_next;
	reg  [31:0] reg_lo, reg_lo_next;
	reg  [31:0] operand, operand_next;     // multiplier or divisor
	wire [32:0] tempresult;                // result of the subALU
    reg         stall_muldiv;
	    //control part
    wire        action;                    // div always 1, mult depends on the multiplicand
	wire [31:0] subaluinA;
	wire [31:0] subaluinB;
	wire [31:0] hi_com, lo_com;
    wire [32:0] halfresult;
    wire        carry_fromlo;
    wire [31:0] ALUinA_com, ALUinB_com;
    wire        mulshift2, mulshift3, mulshift4;
    wire  [6:0] stateplus1, stateplus2, stateplus3, stateplus4;
//==== combinational circuits =============================
    assign action = reg_lo[0];
	assign subaluinA = reg_hi;
	assign subaluinB = (action | state[6] ) ? operand : 32'd0;
	assign tempresult = subaluinA + subaluinB;

	//2's complement
    assign carry_fromlo = state[6] ? 1 : halfresult[32];
	assign hi_com = (~reg_hi) + {31'd0,carry_fromlo};
	assign lo_com = halfresult[31:0];
    assign halfresult = (~reg_lo) + 33'd1;
    assign ALUinA_com = (~ALUinA) + 32'b1;
    assign ALUinB_com = (~ALUinB) + 32'b1;

    //state
    assign stateplus1 = state + 7'd1;
    assign stateplus2 = state + 7'd2;
    assign stateplus3 = state + 7'd3;
    assign stateplus4 = state + 7'd4;

    //smart shift
    assign mulshift2 = (reg_lo[1] == 1'b0);
    assign mulshift3 = (reg_lo[2:1] == 2'b0);
    assign mulshift4 = (reg_lo[3:1] == 3'b0);

	// FSM
	//state 0: idle
	//state 1-32: mult
	//state 33: turn {hi,lo} to 2's complement if necessary
	//state 65-95: div
	//state 96: turn hi & lo to 2's complement if necessary
	always@(*) begin
        stall_muldiv = 1'b1;
		state_next = stateplus1;
		operand_next = operand;
		reg_hi_next = reg_hi;
		reg_lo_next = reg_lo;
		if(state[6]) begin
			if(state[5:0] == 6'd31)begin
                if(tempresult[31])begin // < 0
				    reg_hi_next = {{reg_hi[30:0]}, reg_lo[31]};
					reg_lo_next = {{reg_lo[30:0]}, 1'b0};
				end
				else begin
				    reg_hi_next = tempresult[31:0];
				    reg_lo_next = {{reg_lo[30:0]}, 1'b1};
				end
                if(ALUinA[31] | ALUinB[31])begin
                    state_next = 7'd96;
    				stall_muldiv = 1'b1;
                end
                else begin
                    state_next = 7'd0;
    				stall_muldiv = 1'b0;
                end
            end
            else if(state[5:0] == 6'd32) begin
                state_next = 7'd0;
				stall_muldiv = 1'b0;
                //  a =  b * c + d (a,b,c,d all > 0)
			    // -a = (-b) *  c   + (-d)
                if(ALUinA[31] & ALUinB[31])begin
                    reg_hi_next = hi_com;
				end
				// -a =  b   * (-c) + (-d)
                else if(ALUinA[31] & (~ALUinB[31]))begin
				    reg_lo_next = lo_com;
					reg_hi_next = hi_com;
				end
				//  a = (-b) * (-c) +  d
                else if((~ALUinA[31]) & ALUinB[31])begin
					reg_lo_next = lo_com;
				end
			end
			else begin
                if(tempresult[31])begin // < 0
				    reg_hi_next = {{reg_hi[30:0]}, reg_lo[31]};
					reg_lo_next = {{reg_lo[30:0]}, 1'b0};
				end
				else begin
				    reg_hi_next = {{tempresult[30:0]}, reg_lo[31]};
				    reg_lo_next = {{reg_lo[30:0]}, 1'b1};
				end
			end
		end
		else begin
		    if(state[5:0] == 6'd0)begin //idle
                stall_muldiv = 1'b0;
				if(funct_regD == 6'b011000) begin // mult
                    reg_lo_next = ALUinA[31] ? ALUinA_com : ALUinA;
                    reg_hi_next = 32'd0;
                    stall_muldiv = 1'b1;
				    state_next = 7'd1;
					operand_next = ALUinB[31] ? ALUinB_com : ALUinB;
				end
				else if(funct_regD == 6'b011010) begin // div
                    reg_lo_next = ALUinA[31] ? {ALUinA_com[29:0],2'b00} : {ALUinA[29:0],2'b00};
    				reg_hi_next = ALUinA[31] ? {ALUinA_com[31:30],30'd0} : {ALUinA[31:30],30'd0};
                    stall_muldiv= 1'b1;
				    state_next = 7'd65;
					operand_next = ALUinB[31] ? ALUinB : ALUinB_com; // use add 2's to replace sub
                end
				else begin
				    state_next = 7'd0;
                    reg_lo_next = reg_lo;
    				reg_hi_next = reg_hi;
				end
			end
			else if(state[5:0] == 6'd32) begin
                reg_hi_next = tempresult[32:1];
                reg_lo_next = {tempresult[0],{reg_lo[31:1]}};
                if(ALUinA[31] ^ ALUinB[31])begin
                    stall_muldiv = 1'b1;
                    state_next = 7'd33;
                end
                else begin
                    stall_muldiv = 1'b0;
                    state_next = 7'd0;
                end
			end
            else if(state[5:0] == 6'd33)begin
                stall_muldiv = 1'b0;
                state_next = 7'd0;
                reg_hi_next = hi_com;
                reg_lo_next = lo_com;
            end
            else if(state[5:0] == 6'd31)begin
                state_next = 7'd32;
                reg_hi_next = tempresult[32:1];
                reg_lo_next = {tempresult[0],{reg_lo[31:1]}};
            end
            else if(state[5:0] == 6'd30)begin
                if(mulshift2)begin
                    state_next = stateplus2;
                    reg_hi_next = {1'd0,tempresult[32:2]};
                    reg_lo_next = {{tempresult[1:0]},{reg_lo[31:2]}};
                end
                else begin
				    reg_hi_next = tempresult[32:1];
				    reg_lo_next = {tempresult[0],{reg_lo[31:1]}};
                end
            end
            else if(state[5:0] == 6'd29)begin
                if(mulshift3)begin
                    state_next = stateplus3;
                    reg_hi_next = {2'd0,tempresult[32:3]};
                    reg_lo_next = {{tempresult[2:0]},{reg_lo[31:3]}};
                end
                else if(mulshift2)begin
                    state_next = stateplus2;
                    reg_hi_next = {1'd0,tempresult[32:2]};
                    reg_lo_next = {{tempresult[1:0]},{reg_lo[31:2]}};
                end
                else begin
				    reg_hi_next = tempresult[32:1];
				    reg_lo_next = {tempresult[0],{reg_lo[31:1]}};
                end
            end
			else begin
                if(mulshift4)begin
                    state_next = stateplus4;
                    reg_hi_next = {3'd0,tempresult[32:4]};
                    reg_lo_next = {{tempresult[3:0]},{reg_lo[31:4]}};
                end
                else if(mulshift3)begin
                    state_next = stateplus3;
                    reg_hi_next = {2'd0,tempresult[32:3]};
                    reg_lo_next = {{tempresult[2:0]},{reg_lo[31:3]}};
                end
                else if(mulshift2)begin
                    state_next = stateplus2;
                    reg_hi_next = {1'd0,tempresult[32:2]};
                    reg_lo_next = {{tempresult[1:0]},{reg_lo[31:2]}};
                end
                else begin
				    reg_hi_next = tempresult[32:1];
				    reg_lo_next = {tempresult[0],{reg_lo[31:1]}};
                end
			end
		end
	end
	always@(*) begin
		ALUout = 32'b0;
		case(ALUOp_regD)
			//===== R-type ===============
        	6'b000000: begin
        		case(funct_regD)
     		       	6'b100000: begin // add
     		       		ALUout = ALUinA + ALUinB;
               		end
               		6'b100010: begin // sub
                   		ALUout = ALUinA - ALUinB;
        	        end
               		6'b100100: begin // and
                   		ALUout = ALUinA & ALUinB;
               		end
               		6'b100101: begin // or
                   		ALUout = ALUinA | ALUinB;
               		end
               		6'b100110: begin // xor
               			ALUout = ALUinA ^ ALUinB;
               		end
               		6'b100111: begin // nor
               			ALUout = ~(ALUinA | ALUinB);
               		end
               		6'b000000: begin // sll and nop?
               			ALUout = ALUinA << ALUinB;
               		end
               		6'b000011: begin // sra
               			ALUout = ALUinA >>> ALUinB;
               		end
               		6'b000010: begin // srl
               			ALUout = ALUinA >> ALUinB;
               		end
               		6'b101010: begin // slt
                   		ALUout = (ALUinA < ALUinB)? 32'b1: 32'b0;
               		end
               		6'b001000: begin // jr
            	   		ALUout = 32'b1;
               		end
               		6'b001001: begin // jalr
     		       	    ALUout = ALUinA + ALUinB;
               		end
					6'b010000: begin // mfhi
					    ALUout = reg_hi;
					end
					6'b010010: begin // mflo
					    ALUout = reg_lo;
					end
               		default: begin
		   				ALUout = 32'b0;
					end
           		endcase
       		end
        	//===== I-type ===============
        	6'b001000: begin // addi
        		ALUout = ALUinA + ALUinB;
        	end
        	6'b001100: begin // andi
				    ALUout = ALUinA & ALUinB;
        	end
        	6'b001101: begin // ori
        		ALUout = ALUinA | ALUinB;
        	end
        	6'b001110: begin // xori
				    ALUout = ALUinA ^ ALUinB;
        	end
        	6'b001010: begin // slti
        		ALUout = (ALUinA < ALUinB)? 32'b1: 32'b0;
        	end
        	6'b100011: begin // lw
        		ALUout = (ALUinA + ALUinB); // memory address (32 bits)
        	end
        	6'b101011: begin // sw
				    ALUout = (ALUinA + ALUinB); // memory address (32 bits)
        	end
       		6'b000100: begin //beq
		    		ALUout = (ALUinA - ALUinB);
       		end
        	//===== J-type ===============
        	6'b000010: begin // j
     				ALUout = 32'b1;
       		end
       		6'b000011: begin // jal
     		    ALUout = ALUinA + ALUinB;
        	end
			default: begin
 				ALUout = 32'b0;
			end
    	endcase
    end

//==== sequential circuits ================================
	always@( posedge clk or negedge rst_n )begin
        // active low asynchronous reset
        if( ~rst_n )begin
            //sign_and <= 1'd0;
            //sign_er  <= 1'd0;
            state    <= 7'd0;
            reg_hi   <= 32'd0;
            reg_lo   <= 32'd0;
            operand  <= 32'd0;
        end
        else begin
			//sign_and <= sign_and_next;
            //sign_er  <= sign_er_next;
            state    <= state_next;
            reg_hi   <= reg_hi_next;
            reg_lo   <= reg_lo_next;
            operand  <= operand_next;
        end
    end
endmodule

//==== detect lw-use and branch hazard =========================================
module hazard_detection(
    Branch_EX,       // instruction in EX is branch type and
    equal,           // data in ALUinA and tempALUinB are same or not
    branchpred_his,  // predict branch in last cycle
    JumpReg_regD,    // if jr/jalr need to flush
                     // note that jump will be executed at IF stage
    MemRead_regD,    // lw
    Rt_regD,         // lw target registers
    Rs,              // Rs in EX
    Rt,              // Rt in EX
    ICACHE_stall,
    DCACHE_stall,
    stall_lw_use,    // stall if lw-use hazard detected
    stallcache,      // stall if cache miss
    flush,           // predict wrong or jr/jalr
    pred_cond,       // predict condition (predict correctly or not)
                     // XOR of equal and branchpred_his
    stall_muldiv
);
//==== input/output definition ============================
    input       Branch_EX;
    input       equal;
    input       branchpred_his;
    input       JumpReg_regD;
    input       MemRead_regD;
    input       ICACHE_stall, DCACHE_stall;
    input [4:0] Rt_regD, Rs, Rt;
    input       stall_muldiv;

    output      stall_lw_use, stallcache;
    output      flush;
    output      pred_cond;    //pass to PCsrcLogic

//==== wire/reg definition ================================
    reg         flush;
    reg         stall_lw_use;

//==== combinational circuit ==============================
    assign      pred_cond = Branch_EX ? (equal ^ branchpred_his) : 0;
    assign      stallcache = ICACHE_stall | DCACHE_stall | stall_muldiv;
    //==== WRONG!! lw-use hazard flush = 0; --> ok
    //==== DIDN'T DEAL WITH WRONG PREDICTION (NEED TO FLUSH) --> ok
    always@(*) begin
        flush = 0;
        stall_lw_use = 0;
        if (JumpReg_regD) begin
            flush = 1;
        end
        else if (MemRead_regD == 1 && (Rt_regD == Rs || Rt_regD == Rt)) begin
            //flush = 1;
            stall_lw_use = 1;
        end
        else if (pred_cond) begin
            flush = 1;
        end
    end

endmodule

//==== provide updated data early ==============================================
module forwarding(
    Rs_regD,
    Rt_regD,
    RegWrite_regE,
    wsel_regE,
    RegWrite_regM,
    wsel_regM,
    FU_Asel,        // 01 for WriteData, 10 for ALUout_regE
    FU_Bsel
);
//==== input/output definition ============================
    input  [4:0] Rs_regD, Rt_regD, wsel_regE, wsel_regM;
    input        RegWrite_regE, RegWrite_regM;
    output [1:0] FU_Asel, FU_Bsel;

//==== wire/reg definition ================================
    reg  [1:0] FU_Asel, FU_Bsel;
//==== combinational circuits =============================
	always@(*) begin
		FU_Asel = 2'b00;
		FU_Bsel = 2'b00;

		if (RegWrite_regM == 1 & wsel_regM != 0 & wsel_regM == Rs_regD) begin
			FU_Asel = 2'b01;
		end
		if (RegWrite_regM == 1 & wsel_regM != 0 & wsel_regM == Rt_regD) begin
			FU_Bsel = 2'b01;
		end
		if (RegWrite_regE == 1 & wsel_regE != 0 & wsel_regE == Rs_regD) begin
			FU_Asel = 2'b10;
		end
		if (RegWrite_regE == 1 & wsel_regE != 0 & wsel_regE == Rt_regD) begin
			FU_Bsel = 2'b10;
		end
	end
endmodule

//==== make input address to 32 bit and choose PCnext ==========================
module nextPCcalculator(
    PCcur,            // current PC (refetch)
    PCplus4,          // PC + 4 of current cycle
    PCplus4_regD,     // PC + 4 of previous 2 cycle
    targetAddr,       // from the instruction of IF stage last 26 bits
                      // << 2 & concatenate
    branchOffset_I,   // from the instruction of IF stage last 16 bits
                      // PCplus4 + branchOffset_I = branchAddr_I
    branchOffset_regD,   // from the instruction of EX stage last 16 bits
                      // PCplus4_regI + branchOffset = branchAddr_D
    JumpRegAddr,      // from ALUinA in EX
    PCsrc,
    PCnext
);
//==== input/output definition ============================
    input  [31:0] PCcur, PCplus4, PCplus4_regD;
    input  [25:0] targetAddr;
    input  [15:0] branchOffset_I, branchOffset_regD;
    input  [31:0] JumpRegAddr;
    input   [2:0] PCsrc;
    output [31:0] PCnext;

//==== wire/reg definition ================================
    reg    [31:0] PCnext;
    reg    [31:0] PCplus4_actual;
    reg    [31:0] branchOffset_actual;
    wire   [31:0] ADDresult;

//==== combinational circuit ==============================
    assign ADDresult = PCplus4_actual + branchOffset_actual;
    // USE 2 MUX 1 ADD
    always@(*) begin
        PCplus4_actual = 32'b0;
        branchOffset_actual = 32'b0;

        if(PCsrc == 3'd4)begin
            PCplus4_actual = PCplus4;
            branchOffset_actual = {14'd0, branchOffset_I, 2'd0};
        end
        else begin
            PCplus4_actual = PCplus4_regD;
            branchOffset_actual = {14'd0, branchOffset_regD, 2'd0};
        end
    end

    always@(*) begin
        PCnext = 0;
        case(PCsrc)
            3'd0:   // current cycle +4
                PCnext = PCplus4;
            3'd1:   // current PC
                PCnext = PCcur;
            3'd2:   // previous 2 cycle PC+4
                PCnext = PCplus4_regD;
            3'd3:   // jump
                PCnext[31:2] = {PCplus4[31:28], targetAddr};
            3'd4:   // branch I
                PCnext = ADDresult;
            3'd5:   // branch D
                PCnext = ADDresult;
            3'd6:   // jump from registerFile in DEC
                PCnext = JumpRegAddr;
            default:
                PCnext = 0;
        endcase
        //$display("PCnext: ", PCnext);
    end

endmodule

//==== pass 3-bit select signal for PCnext MUX in nextPCcalculator =============
module PCsrcLogic(
    pred_cond,      // predict condition b/w last predict and current branch
                    // = 0 --> correct, = 1 --> predict incorrect
    Branch_EX,
    Branch_IF,      // decode branch in IF
    equal,          // if predict wrong, we should fetch correct instruction addr
    Jump,           // get this signal at IF
    JumpReg,        // get this signal at EX
    predict,        // from branch_prediction unit
    stallcache,     // stall due to cache miss
    stall_lw_use,   // stall due to lw-use hazard
    PCsrc           // 3-bit select signal
);
//==== input/output definition ============================
    input        pred_cond, Branch_EX, Branch_IF, equal, predict;
    input        Jump, JumpReg;
    input        stallcache, stall_lw_use;
    output [2:0] PCsrc;

//==== wire/reg definition ================================
    reg    [2:0] PCsrc;

//==== combinational circuit ==============================
    always@(*) begin
        PCsrc = 0;
        // stall
        // order: stall --> JumpReg --> Branch_DEC [wrong or right]
        //        if pred_right --> Do instruction in IF (Jump or branch_IF)
        if(stallcache || stall_lw_use) begin
            PCsrc = 1;
        end
        else if(JumpReg) begin
            PCsrc = 6;
        end
        else if(Branch_EX) begin
            if(pred_cond == 1)  begin // predict wrong, do again
                if(equal) begin       // branch taken
                    PCsrc = 5;
                end
                else begin
                    PCsrc = 2;
                end
            end
            else begin
              if(Jump) begin
                  PCsrc = 3;
              end
              else if(Branch_IF) begin
                if(predict) begin
                    PCsrc = 4;
                end
                else begin
                    PCsrc = 0;
                end
              end
            end
        end
        else begin
            if(Jump) begin
                PCsrc = 3;
            end
            else if(Branch_IF) begin
                if(predict) begin
                    PCsrc = 4;
                end
                else begin
                    PCsrc = 0;
                end
            end
        end
    end
endmodule

//==== predict PCnext for branch-type instruction ==============================
module branch_prediction(
    clk,
    rst_n,
    branch,        // state only change when IR at EX is branch type
    equal,         // control of the finite state machine
    predict,
    branchpred_his
);
//==== input/output definition ============================
    input  clk,rst_n;
    input  branch, equal;
    output predict;
    output branchpred_his;

//==== wire/reg definition ================================
    reg [1:0] state, state_next;
    reg       branchpred_reg;     //output is a store register for predict history
    reg       predict;

//==== combinational circuit ==============================
    assign branchpred_his = branchpred_reg;
    always @(*) begin
        case(state)
            2'b00: begin  // prediction taken layer1
                predict = 1;
                if(branch)begin
                    if(equal)begin
                        state_next = 0;
                    end
                    else begin
                        state_next = 1;
                    end
                end
                else begin
                    state_next = state;
                end
            end
            2'b01: begin  // prediction taken layer0
                predict = 1;
                if(branch)begin
                    if(equal)begin
                        state_next = 0;
                    end
                    else begin
                        state_next = 2;
                    end
                end
                else begin
                    state_next = state;
                end
            end
            2'b10: begin  // prediction not taken layer0
                predict = 0;
                if(branch)begin
                    if(equal)begin
                        state_next = 1;
                    end
                    else begin
                        state_next = 3;
                    end
                end
                else begin
                    state_next = state;
                end
            end
            2'b11: begin  // prediction not taken layer1
                predict = 0;
                if(branch)begin
                    if(equal)begin
                        state_next = 2;
                    end
                    else begin
                        state_next = 3;
                    end
                end
                else begin
                    state_next = state;
                end
            end
        endcase
    end
//==== synchronous circuit
    always @(posedge clk or negedge rst_n) begin
        if (~rst_n) begin
            // reset
            state <= 1;
            branchpred_reg <= 0;
        end
        else begin
            state <= state_next;
            branchpred_reg <= predict;
        end
    end

endmodule

//==== MUX3to1 (5bits) =========================================================
module MUX_5_3to1 ( data0_i, data1_i, data2_i, select_i, data_o);

//==== input/output definition ============================
    input   [4:0]  data0_i;
    input   [4:0]  data1_i;
    input   [4:0]  data2_i;
    input         [1:0]  select_i;
    output  [4:0]  data_o;

//==== wire/reg definition ================================
    reg     [4:0]  data_o;
    always@(*) begin
        case(select_i)
            2'd0:
                data_o = data0_i;
            2'd1:
                data_o = data1_i;
            2'd2:
                data_o = data2_i;
            2'd3:
                data_o = 0;
        endcase
    end

endmodule

//==== MUX3to1 (32bits) =========================================================
module MUX_32_3to1 ( data0_i, data1_i, data2_i, select_i, data_o);

//==== input/output definition ============================
    input   [31:0]  data0_i;
    input   [31:0]  data1_i;
    input   [31:0]  data2_i;
    input         [1:0]  select_i;
    output  [31:0]  data_o;

//==== wire/reg definition ================================
    reg     [31:0]  data_o;
    always@(*) begin
        case(select_i)
            2'd0:
                data_o = data0_i;
            2'd1:
                data_o = data1_i;
            2'd2:
                data_o = data2_i;
            2'd3:
                data_o = 0;
        endcase
    end

endmodule